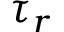
\tau _ { r }